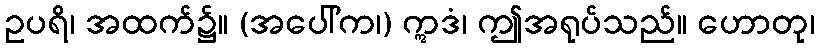
ဥပရိ၊ အထက်၌။ (အပေါ်က၊) ဣဒံ၊ ဤအရုပ်သည်။ ဟောတု၊